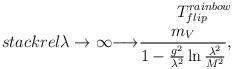
LaTeX: \begin{align*}T_{flip}^{rainbow} \\stackrel{\lambda \rightarrow \infty}{\longrightarrow}\frac{m_V}{1-\frac{g^2}{ \lambda^2}\ln \frac{\lambda^2}{M^2}},\end{align*}